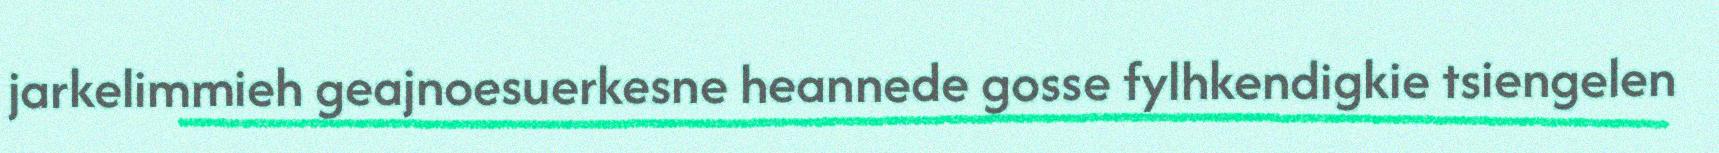
jarkelimmieh geajnoesuerkesne heannede gosse fylhkendigkie tsiengelen